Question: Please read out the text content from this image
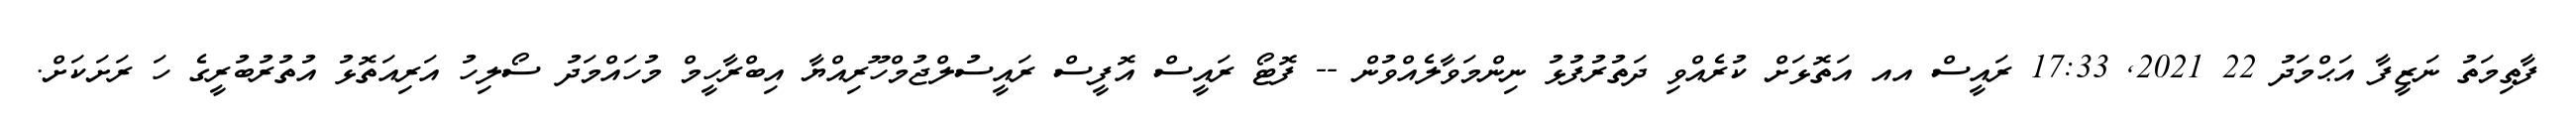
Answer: ފާޠިމަތު ނަޒީފާ އަޙްމަދު 22 2021, 17:33 ރައީސް އއ އަތޮޅަށް ކުރެއްވި ދަތުރުފުޅު ނިންމަވާލެއްވުން -- ފޮޓޯ ރައީސް އޮފީސް ރައީސުލްޖުމްހޫރިއްޔާ އިބްރާހީމް މުހައްމަދު ސޯލިހު އަރިއަތޮޅު އުތުރުބުރީގެ ހަ ރަށަކަށް.